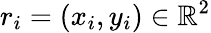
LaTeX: r_{i}=(x_{i},y_{i})\in\mathbb{R}^{2}